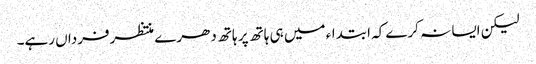
لیکن ایسا نہ کرے کہ ابتداء میں ہی ہاتھ پر ہاتھ دھرے منتظرفرداں رہے۔